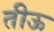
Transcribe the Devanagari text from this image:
तीऊ